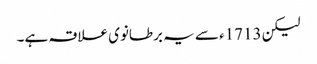
لیکن 1713ء سے یہ برطانوی علاقہ ہے۔